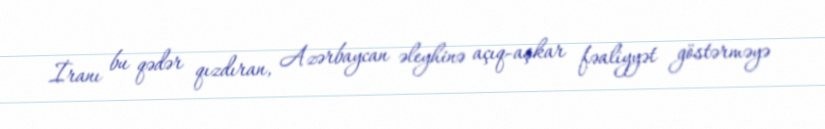
İranı bu qədər qızdıran, Azərbaycan əleyhinə açıq-aşkar fəaliyyət göstərməyə